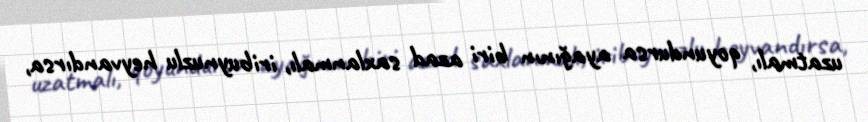
uzatmalı, qoyundursa ayağının biri azad saxlanmalı, iribuynuzlu heyvandırsa,